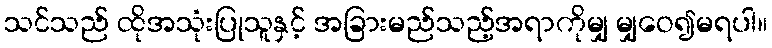
သင်သည် ထိုအသုံးပြုသူနှင့် အခြားမည်သည့်အရာကိုမျှ မျှဝေ၍မရပါ။